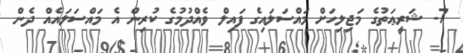
7- ޝަރީޢަތުގެ މަޖިލިހަށް މައްސަލައިގެ ފައިލް ވެއްދުމުގެ ކުރިން އެ މައްސަލައެއް ދެން